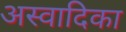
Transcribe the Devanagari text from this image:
अस्वादिका